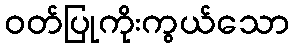
ဝတ်ပြုကိုးကွယ်သော